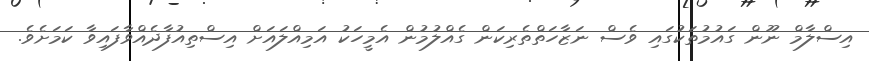
އިސްލާމް ނޫން ގައުމުތަކުގައި ވެސް ނަޒާހަތްތެރިކަން ގެއްލުމުން އެމީހަކު އަމިއްލައަށް އިސްތިއުފާދެއްވާފައިވާ ކަމަށެވެ.